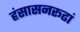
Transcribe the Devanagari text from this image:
हंसासनरूढां